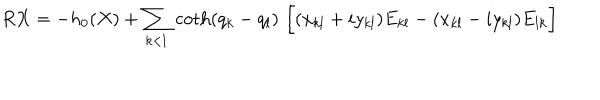
R X = - h _ { 0 } ( X ) + \sum _ { k < l } \, { \coth ( q _ { k } - q _ { l } ) } \, \left[ \vphantom { \frac { 1 } { 2 } } ( x _ { k l } + i y _ { k l } ) E _ { k l } - ( x _ { k l } - i y _ { k l } ) E _ { l k } \right]